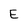
Character: E